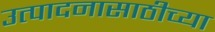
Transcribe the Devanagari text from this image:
उत्पादनासाठीच्या